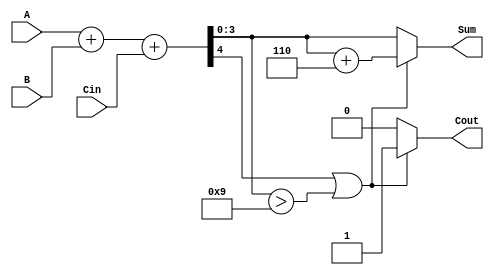
module BCD_Parallel_Adder (
    input  [3:0] A,      // First BCD digit
    input  [3:0] B,      // Second BCD digit
    input        Cin,     // Carry input
    output reg [3:0] Sum, // BCD result
    output reg Cout       // Carry output
);

    wire [4:0] S;        // 5-bit sum (A + B + Cin)
    
    // Step 1: Perform binary addition
    assign S = A + B + Cin;

    // Step 2: BCD correction logic
    always @(*) begin
        if (S[4] || (S[3:0] > 4'b1001)) begin
            // If there is a carry out or sum exceeds 9, apply correction
            Sum = S[3:0] + 4'b0110; // Add 6
            Cout = 1;               // Set carry out
        end else begin
            // No correction needed
            Sum = S[3:0];
            Cout = 0;               // No carry out
        end
    end

endmodule